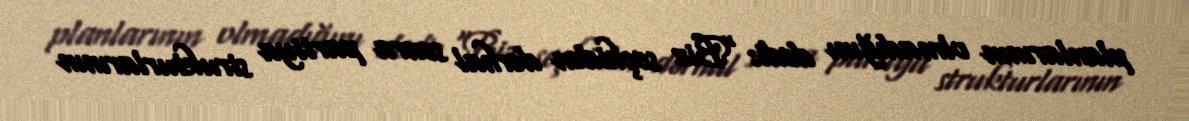
planlarının olmadığını dedi: “Biz seçkidən dərhal sonra partiya strukturlarının